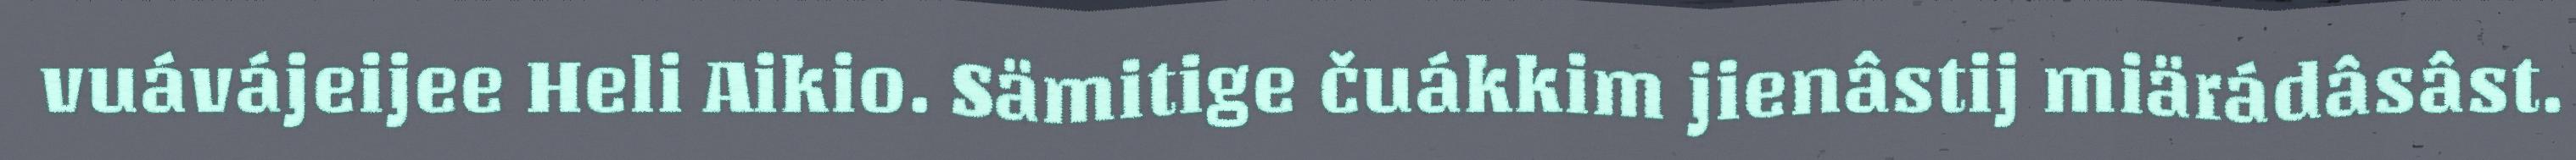
vuávájeijee Heli Aikio. Sämitige čuákkim jienâstij miärádâsâst.